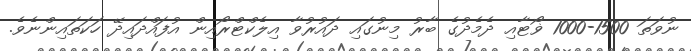
ނުވަތަ 1500-1000 ޥޯޓާއި ދެމެދުގެ ބާރު މިނުގައި ދައުރުވާ އިލެކްޓްރޯއިން އުފައްދައިދޭ ހަކަތައިންނެވެ.